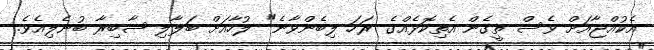
އެކުއްޖާއަށް ވެސް ތީގެން އެތިކޮޅެއްގެ ރަހަ ލިބެންވާނެ" ލުހާއަށް ބަލާލި ޞާބިރާ ބުނެލިއެވެ.